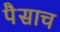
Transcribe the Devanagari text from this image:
पैसाच